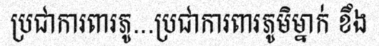
ប្រជាការពារភូ...ប្រជាការពារភូមិម្នាក់ ខឹង